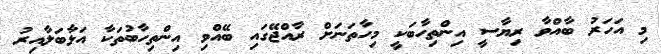
މި އަހަރު ބާއްވާ ރިޔާސީ އިންތިހާބަކީ މިހާތަނަށް ރާއްޖޭގައި ބޭއްވި އިންތިހާބުތަކާ އަޅާބަލާއިރު